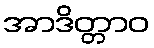
အာဒိတ္တာဝ